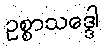
ဥစ္စာသဒ္ဒေါ